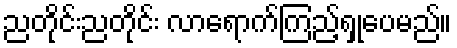
ညတိုင်းညတိုင်း လာရောက်ကြည့်ရှုပေမည်။